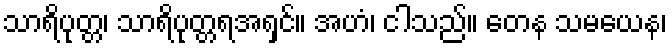
သာရိပုတ္တ၊ သာရိပုတ္တရအရှင်။ အဟံ၊ ငါသည်။ တေန သမယေန၊